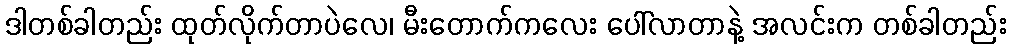
ဒါတစ်ခါတည်း ထုတ်လိုက်တာပဲလေ၊ မီးတောက်ကလေး ပေါ်လာတာနဲ့ အလင်းက တစ်ခါတည်း